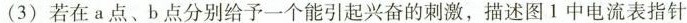
(3) 若在 a 点、b 点分别给予一个能引起兴奋的刺激，描述图 1 中电流表指针